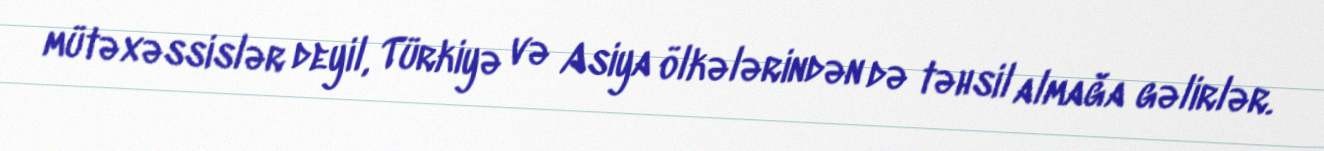
mütəxəssislər deyil, Türkiyə və Asiya ölkələrindən də təhsil almağa gəlirlər.